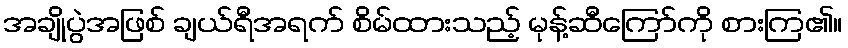
အချိုပွဲအဖြစ် ချယ်ရီအရက် စိမ်ထားသည့် မုန့်ဆီကြော်ကို စားကြ၏။